Civil Veterinary Dept. Bombay admin report 1907-1913 - 1907-1913
Year: 1907
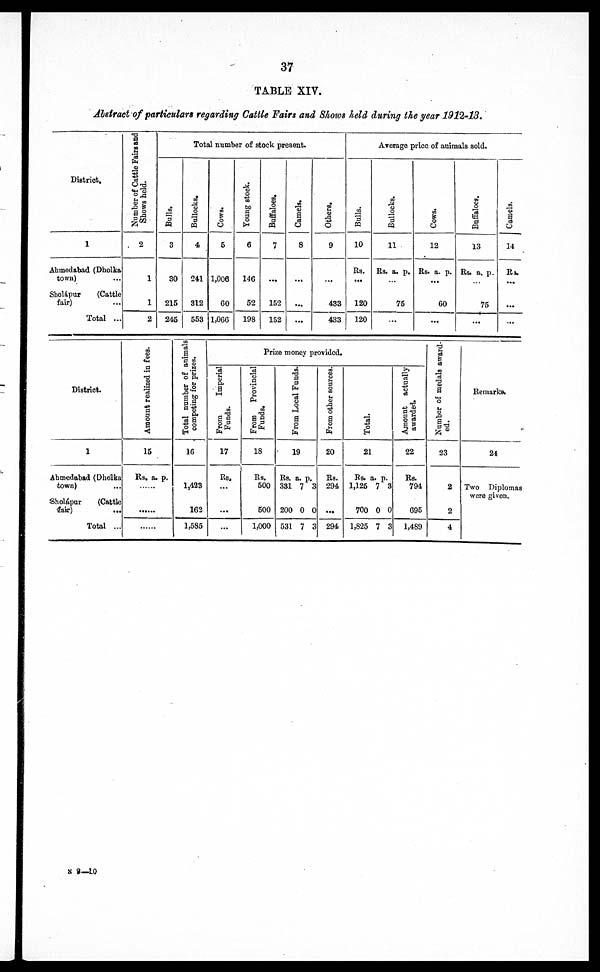
37
TABLE XIV.
Abstract of particulars regarding Cattle Fairs and Shows held during the year 1912-13.
District.
1
Ahmedabad (Dholka
town) ...
Sholápur
(Cattle
fair) ...
Total ...
Number of Cattle Fairs and
Shows held.
2
1
1
2
Total number of stock present.
Balls.
3
80
215
246
Bullocks.
4
241
312
553
Cows.
5
1,006
60
1,066
Young stock.
6
146
52
198
Buffaloes.
7
...
152
152
Camels.
8
...
...
...
Others.
9
...
433
433
Average price of animals sold.
Bulls.
10
Rs.
...
120
120
Bullocks.
11
Rs. a. p.
...
75
...
Cows*
12
Rs. a. p.
...
60
...
Buffaloes.
13
Rs. a. p.
...
75
...
Camels.
14
Rs.
...
...
...
District.
1
Ahmedabad (Dholka
town) ...
Sholápur
(Cattle
fair)
...
Total ...
Amount realized in fees.
15
Rs. a. p.
......
......
......
Total number of animals
competing for prizes.
16
1,423
162
1,585
Prize money provided.
From
Imperial
Funds.
17
Rs.
...
...
...
From
Provincial
Funds.
18
Rs.
500
500
1,000
From Local Funds.
19
Rs. a. p.
331 7 3
200 0 0
531 7 3
From other sources.
20
Rs.
294
...
294
Total.
21
Rs. a. p.
1,126 7 3
700 0 0
1,825 7 3
Amount actually
awarded.
22
Rs.
791
695
1,489
Number of medals award-
ed.
23
2
2
4
Remarks.
24
Two Diplomas
were given.